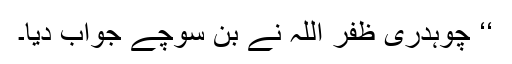
‘‘ چوہدری ظفر اللہ نے بن سوچے جواب دیا۔